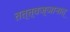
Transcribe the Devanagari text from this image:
तत्त्वज्ञानात्